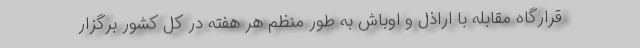
قرارگاه مقابله با اراذل و اوباش به طور منظم هر هفته در کل کشور برگزار